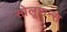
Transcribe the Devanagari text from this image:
सोलूशन्स